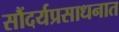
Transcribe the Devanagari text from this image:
सौंदर्यप्रसाधनात